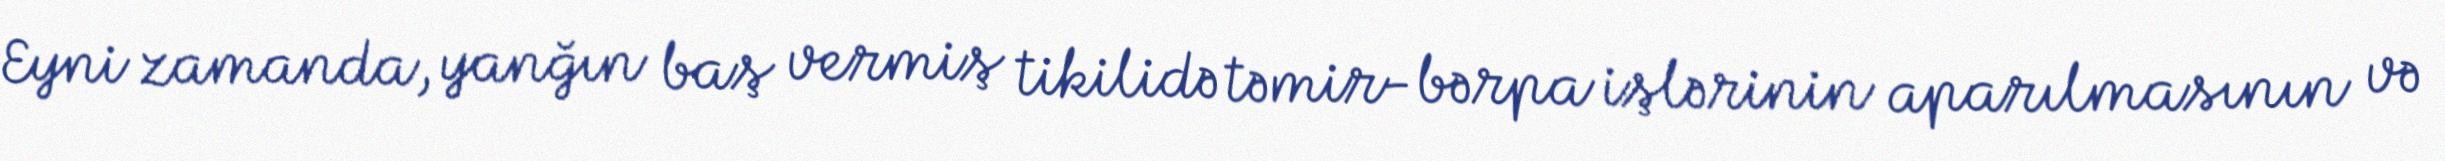
Eyni zamanda, yanğın baş vermiş tikilidə təmir-bərpa işlərinin aparılmasının və